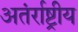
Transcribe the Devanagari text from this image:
अतंर्राष्ट्रीय